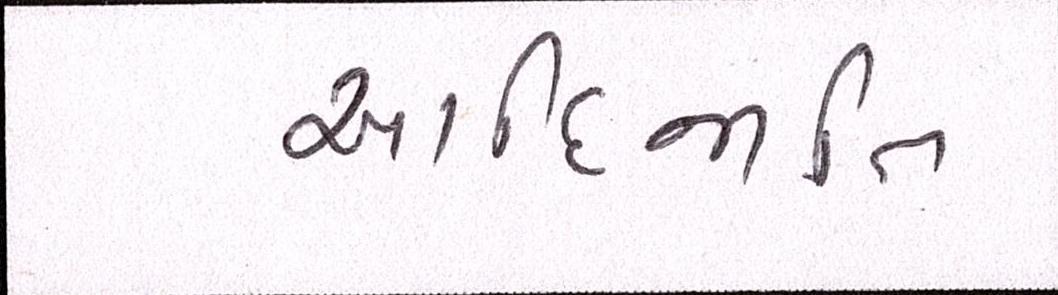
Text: આદિજાતિ